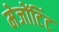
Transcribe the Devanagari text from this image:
मेजोंटिंट